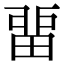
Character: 畱